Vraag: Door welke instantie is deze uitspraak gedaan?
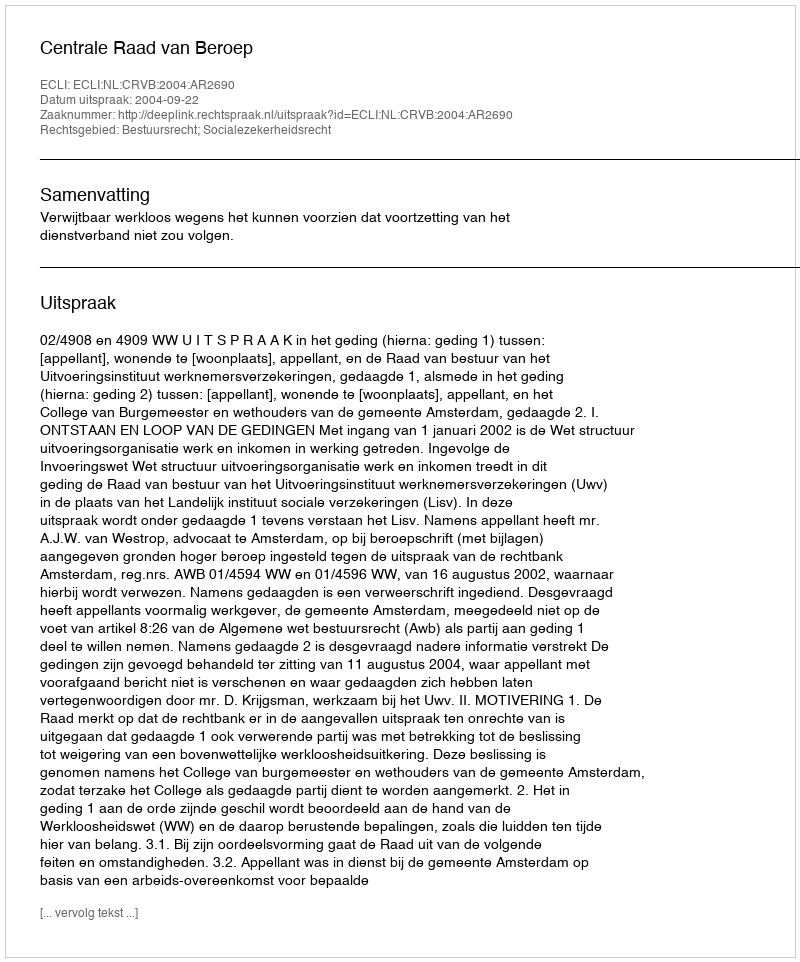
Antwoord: Centrale Raad van Beroep